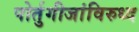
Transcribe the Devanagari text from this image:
पोर्तुगीजांविरुध्द